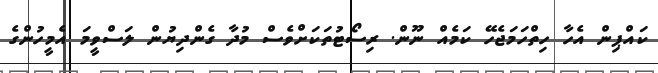
ކައްޕިން އެހާ ހިތްހަމަޖެހޭ ކަމެއް ނޫން. ރިސޯޓުތަކަށްވެސް މުދާ ގެންދިޔުން ލަސްވީމަ އެމީހުންގެ